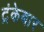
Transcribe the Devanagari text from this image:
ट्रंकेबार